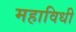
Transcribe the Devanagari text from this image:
महाविधी